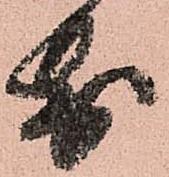
前